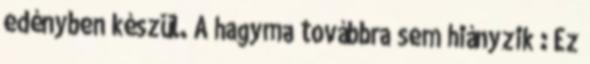
edényben készül. A hagyma továbbra sem hiányzik : Ez